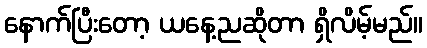
နောက်ပြီးတော့ ယနေ့ညဆိုတာ ရှိလိမ့်မည်။